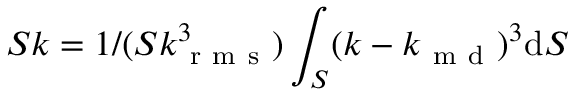
S k = 1 / ( S k _ { \mathrm { ~ r ~ m ~ s ~ } } ^ { 3 } ) \int _ { S } ( k - k _ { \mathrm { ~ m ~ d ~ } } ) ^ { 3 } \mathrm { d } S